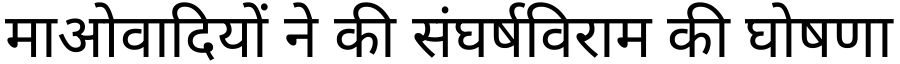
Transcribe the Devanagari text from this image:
माओवादियों ने की संघर्षविराम की घोषणा